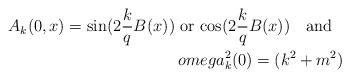
LaTeX: \begin{align*}A_k(0,x) = {\rm sin}(2\frac{k}{q}B(x)) \ {\rm or} \ {\rm cos}(2\frac{k}{q}B(x))\ \ \ {\rm and} \ \ \\omega_k^2(0) = (k^2 + m^2 )\end{align*}